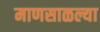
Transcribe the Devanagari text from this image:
माणसाळल्या